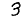
Digit: 3